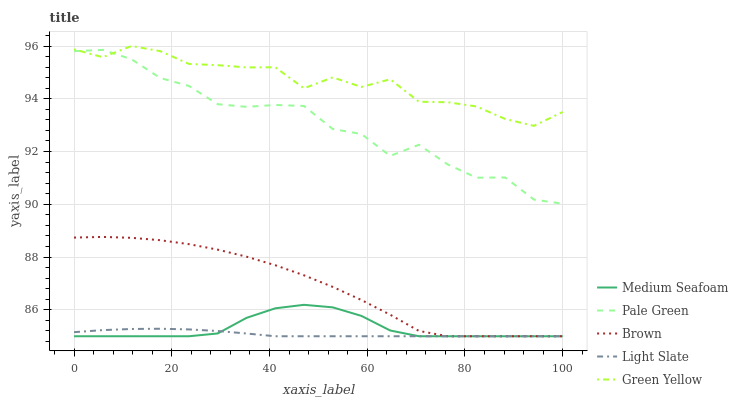
| xaxis_label | Medium Seafoam | Pale Green | Brown | Light Slate | Green Yellow |
 | --- | --- | --- | --- | --- | --- |
 | 0 | 85 | 95.8 | 88.7 | 85.2 | 95.9 |
 | 5.88 | 85 | 95.9 | 88.8 | 85.2 | 95.6 |
 | 11.8 | 85 | 95.5 | 88.7 | 85.3 | 96 |
 | 17.6 | 85 | 94.8 | 88.6 | 85.3 | 95.8 |
 | 23.5 | 85 | 94.5 | 88.5 | 85.3 | 95.3 |
 | 29.4 | 85.1 | 93.8 | 88.3 | 85.2 | 95.3 |
 | 35.3 | 85.7 | 93.7 | 88 | 85.1 | 95.2 |
 | 41.2 | 86.1 | 93.8 | 87.7 | 85 | 95.2 |
 | 47.1 | 86.2 | 93.7 | 87.3 | 85 | 94.4 |
 | 52.9 | 86.1 | 92.9 | 86.9 | 85 | 94.8 |
 | 58.8 | 85.8 | 92.7 | 86.4 | 85 | 94.4 |
 | 64.7 | 85.2 | 91.8 | 85.8 | 85 | 94.7 |
 | 70.6 | 85 | 92.3 | 85.2 | 85 | 93.9 |
 | 76.5 | 85 | 91.5 | 85 | 85 | 93.9 |
 | 82.4 | 85 | 91 | 85 | 85 | 93.7 |
 | 88.2 | 85 | 91 | 85 | 85 | 93.2 |
 | 94.1 | 85 | 90.2 | 85 | 85 | 93 |
 | 100 | 85 | 90 | 85 | 85 | 93.5 |